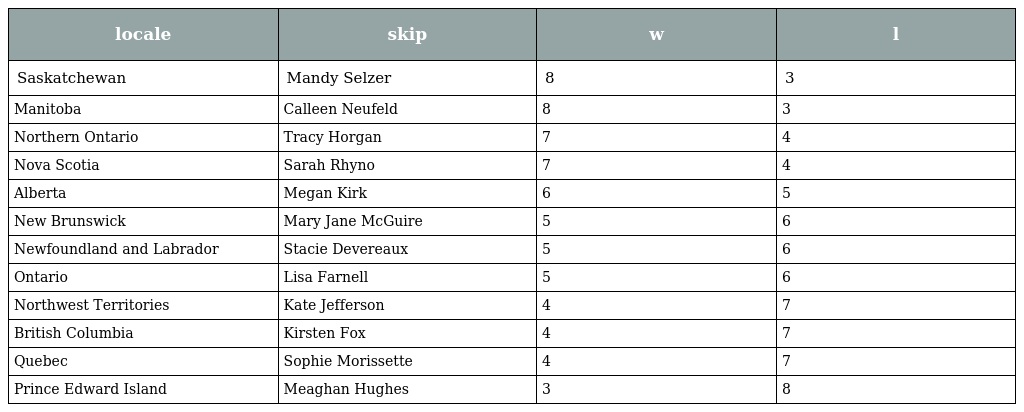
| locale | skip | w | l |
 | --- | --- | --- | --- |
 | Saskatchewan | Mandy Selzer | 8 | 3 |
 | Manitoba | Calleen Neufeld | 8 | 3 |
 | Northern Ontario | Tracy Horgan | 7 | 4 |
 | Nova Scotia | Sarah Rhyno | 7 | 4 |
 | Alberta | Megan Kirk | 6 | 5 |
 | New Brunswick | Mary Jane McGuire | 5 | 6 |
 | Newfoundland and Labrador | Stacie Devereaux | 5 | 6 |
 | Ontario | Lisa Farnell | 5 | 6 |
 | Northwest Territories | Kate Jefferson | 4 | 7 |
 | British Columbia | Kirsten Fox | 4 | 7 |
 | Quebec | Sophie Morissette | 4 | 7 |
 | Prince Edward Island | Meaghan Hughes | 3 | 8 |